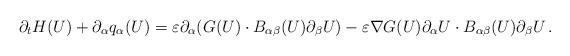
LaTeX: \begin{align*}\partial_t H(U) + \partial_{\alpha}q_{\alpha}(U)&=\varepsilon\partial_{\alpha}(G(U)\cdot B_{\alpha\beta}(U)\partial_{\beta}U)-\varepsilon\nabla G(U)\partial_{\alpha}U\cdot B_{\alpha\beta}(U)\partial_{\beta}U \, .\end{align*}